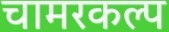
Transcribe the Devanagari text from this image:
चामरकल्प